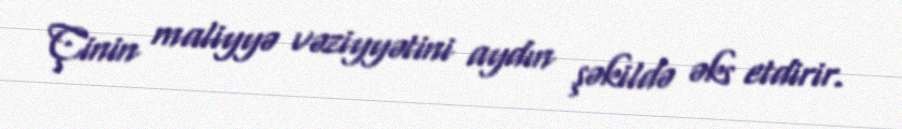
Çinin maliyyə vəziyyətini aydın şəkildə əks etdirir.